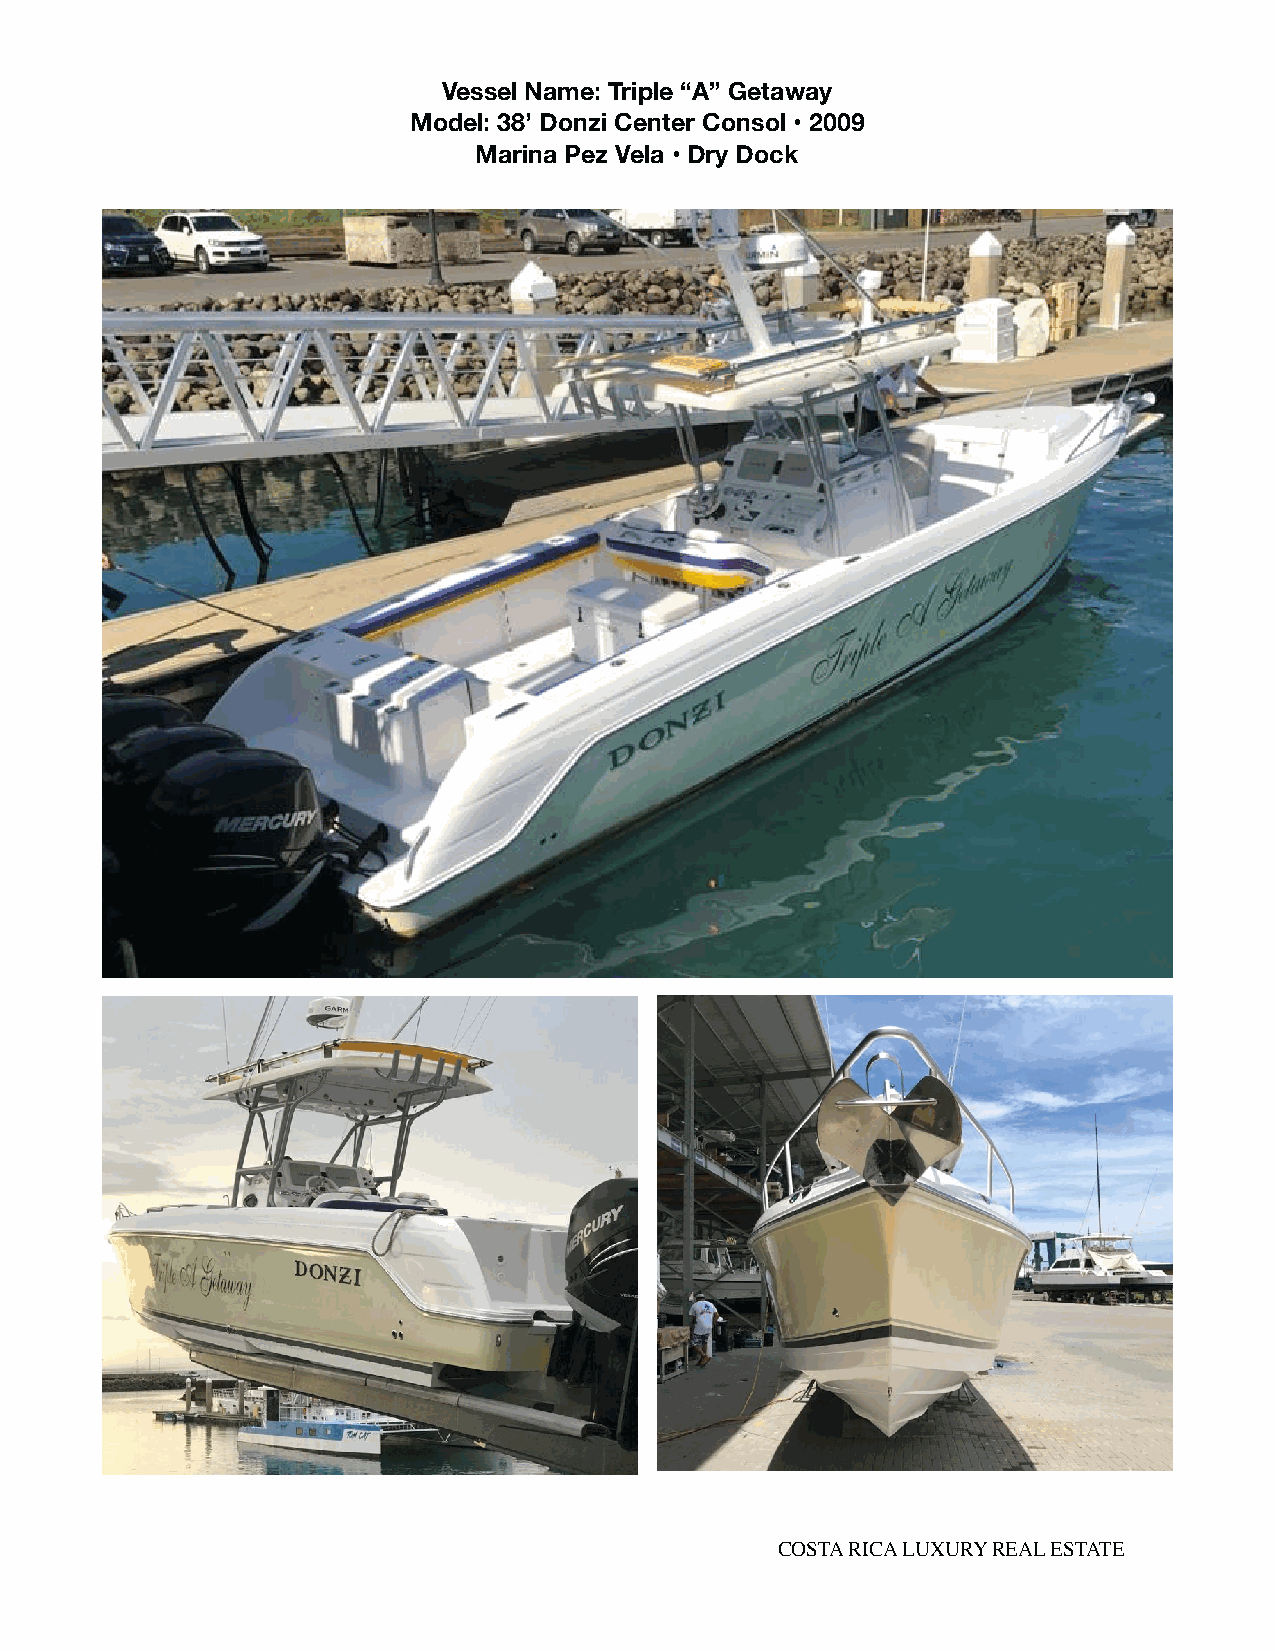
Vessel Name: Triple “A” Getaway
 Model: 38’ Donzi Center Consol • 2009
 Marina Pez Vela • Dry Dock
 COSTA RICA LUXURY REAL ESTATE